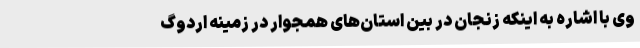
وی با اشاره به اینکه زنجان در بین استان‌های همجوار در زمینه اردوگ